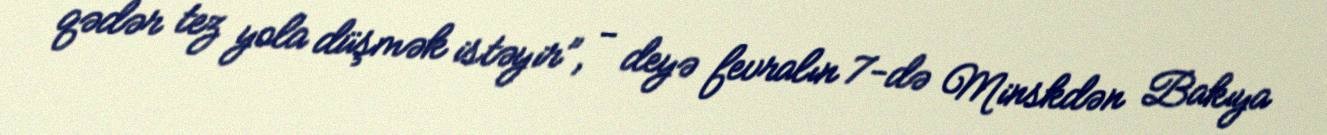
qədər tez yola düşmək istəyir”, - deyə fevralın 7-də Minskdən Bakıya